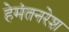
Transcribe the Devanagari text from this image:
हेमंतनरेश